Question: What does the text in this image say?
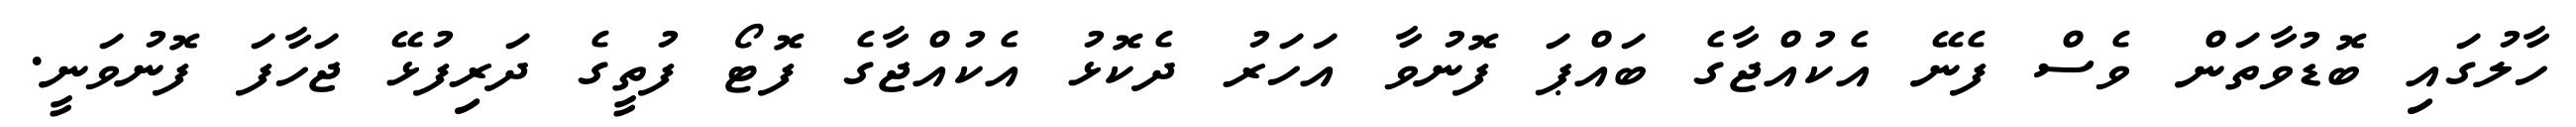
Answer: ހާލުގައި ބޮޑުވާތަން ވެސް ފެނޭ އެކުއްޖާގެ ބައްޕަ ފޮނުވާ އަހަރު ދެކޮޅު އެކުއްޖާގެ ފޮޓޯ ފުތީގެ ދަރިފުޅޭ ޖަހާފަ ފޮނުވަނީ.